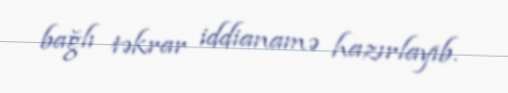
bağlı təkrar iddianamə hazırlayıb.